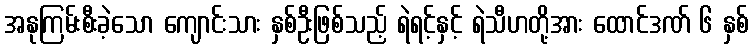
အနုကြမ်းစီးခဲ့သော ကျောင်းသား နှစ်ဦးဖြစ်သည့် ရဲရင့်နှင့် ရဲသီဟတို့အား ထောင်ဒဏ် ၆ နှစ်